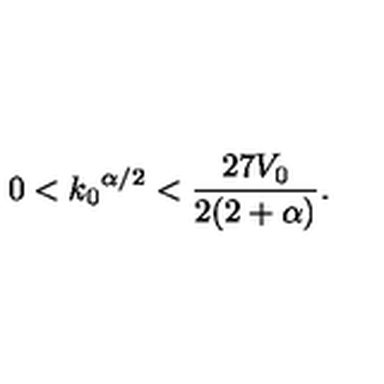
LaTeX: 0 < { k _ { 0 } } ^ { \alpha / 2 } < \frac { 2 7 V _ { 0 } } { 2 ( 2 + \alpha ) } .